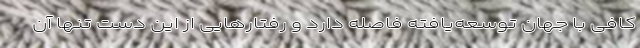
کافی با جهان توسعه‌یافته فاصله دارد و رفتارهایی از این دست تنها آن